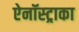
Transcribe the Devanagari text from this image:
ऐनॉस्ट्राका